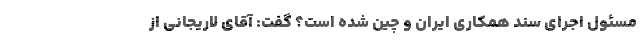
مسئول اجرای سند همکاری ایران و چین شده است؟ گفت: آقای لاریجانی از